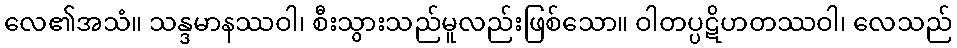
လေ၏အသံ။ သန္ဒမာနဿဝါ၊ စီးသွားသည်မူလည်းဖြစ်သော။ ဝါတပ္ပဋိဟတဿဝါ၊ လေသည်